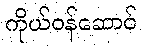
ကိုယ်ဝန်ဆောင်